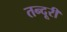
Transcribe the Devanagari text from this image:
तन्दूरी